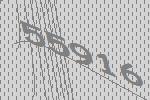
55916